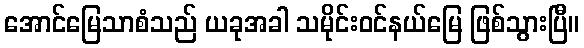
အောင်မြေသာစံသည် ယခုအခါ သမိုင်းဝင်နယ်မြေ ဖြစ်သွားပြီ။